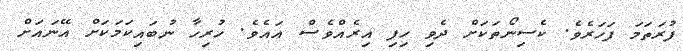
ފުރަތަމަ ފަހަރެވެ. ކެސިނޯތަކަށް ދެވި ހިފި އިރެއްވެސް އައެވެ. ހުރިހާ ނުބައިކަމަކަށް އޭނައަށް